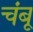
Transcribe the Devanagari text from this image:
चंबू